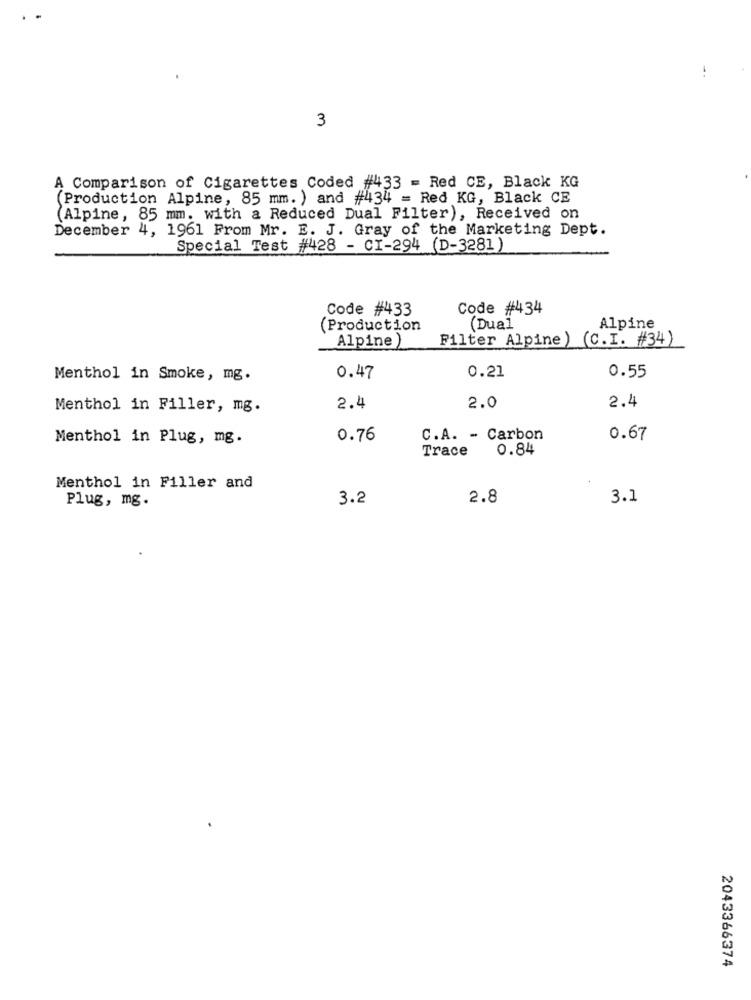
3
A Comparison of Cigarettes Coded #433 = Red CE, Black KG
(Production Alpine, 85 mm. ) and #434 = Red KG, Black CE
(Alpine, 85 mm. with a Reduced Dual Filter), Received on
December 4, 1961 From Mr. E. J. Gray of the Marketing Dept.
Special Test #428 - CI-294 (D-3281)
Code #433
Code #434
(Production
(Dual
Alpine
Alpine)
Filter Alpine) (C.I. #34)
Menthol in Smoke, mg.
0.47
0.21
0.55
Menthol in Filler, mg.
2.4
2.0
2.4
Menthol in Plug, mg.
0.76
C.A. - Carbon
0.67
Trace
0.84
Menthol in Filler and
Plug, mg.
3.2
2.8
3.1
2043366374